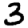
Digit: 3